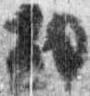
勘